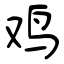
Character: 鸡